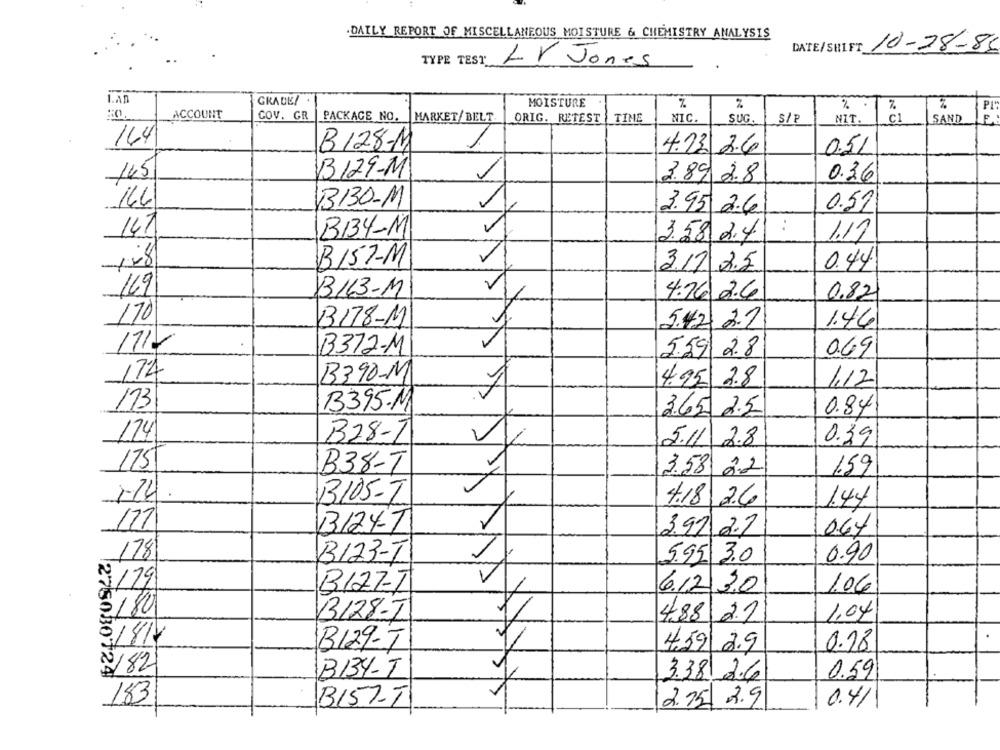
.DAILY REPORT OF MISCELLANEOUS MOISTURE & CHEMISTRY ANALYSIS
DATE/SHIFT 10-28-86
TYPE TEST
LV Jones
LAn
GRADE!
MOISTURE
%
ACCOUNT
COV. GR
PACKAGE NO.
MARKET/ BELT
ORIG. RETEST
TIME
NIC.
SUG.
S/ P
NIT.
C1
SAND
164
B128-M
4.23 2.6
0.51
B129-M
145
3.89 2.8
0.36
166
B130-M
3.95 2.6
0.59
14.7
B134-M
3.58 2.4
1.17
B157-M
0.44
317 2.5
B163-M
4.76 2.6
169
0.82
170
B178-M
5.42 2.7
1.44
1712
B372-M
5.59 2.8
0.69
174
B390-M
4.95 2.8
1,12
173
B395-M
3.65 2.5
0.84
124
B28-T
5.11 2.8
0.39
175
B38-T
3.58 2.2
1.59
B105-T
4.18 2.6
144
127
B124-T
3.97 2.2
067
178
0.90
B123-I
5.95 3.0
2/29
B12ZT
6.12 30
1.06
2/80
3128-I
1.04
4.88 2.2
9/8/14
B129-T
0.18
459 2.9
282
B134-T
3.38|2.6
0.59
183
B151-T
2.75 2.9
0.41